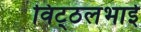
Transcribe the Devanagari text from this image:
विट्‍ठलभाई